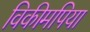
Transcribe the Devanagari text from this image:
विकीमपिया